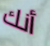
أنك